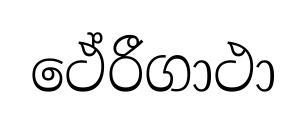
ථේරීගාථා